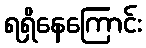
ရရှိနေကြောင်း